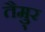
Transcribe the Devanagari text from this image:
तैमु्र